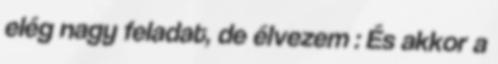
elég nagy feladat, de élvezem : És akkor a